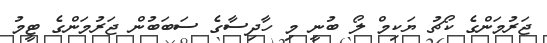
ޖަރުމަންގެ ކޯޗު ޔަކިމް ލޯ ބުނީ މި ހާދިސާގެ ސަަބަބުން ޖަރުމަންގެ ޓީމު